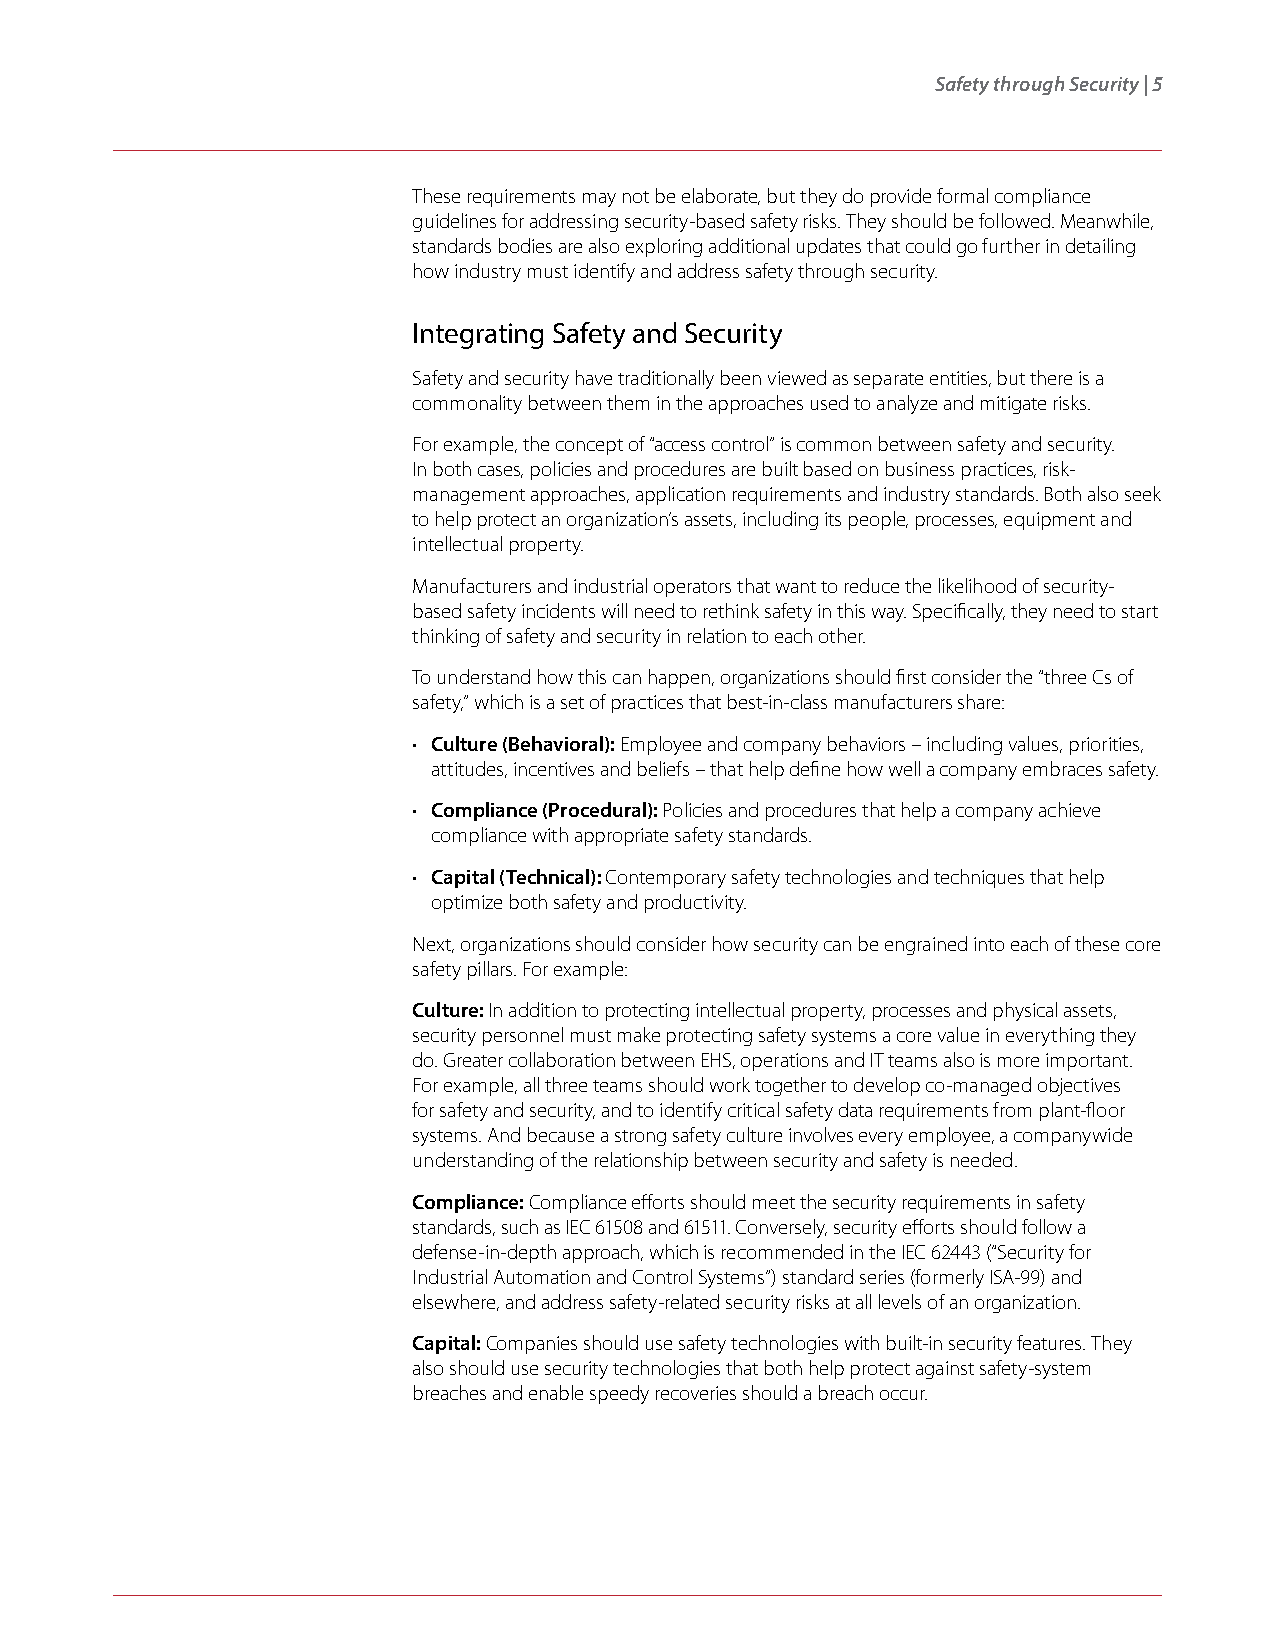
Safety through Security | 5
 These requirements may not be elaborate, but they do provide formal compliance
 guidelines for addressing security-based safety risks. They should be followed. Meanwhile,
 standards bodies are also exploring additional updates that could go further in detailing
 how industry must identify and address safety through security.
 Integrating Safety and Security
 Safety and security have traditionally been viewed as separate entities, but there is a
 commonality between them in the approaches used to analyze and mitigate risks.
 For example, the concept of “access control” is common between safety and security.
 In both cases, policies and procedures are built based on business practices, risk-
 management approaches, application requirements and industry standards. Both also seek
 to help protect an organization’s assets, including its people, processes, equipment and
 intellectual property.
 Manufacturers and industrial operators that want to reduce the likelihood of security-
 based safety incidents will need to rethink safety in this way. Specifically, they need to start
 thinking of safety and security in relation to each other.
 To understand how this can happen, organizations should first consider the “three Cs of
 safety,” which is a set of practices that best-in-class manufacturers share:
 • Culture (Behavioral): Employee and company behaviors – including values, priorities,
 attitudes, incentives and beliefs – that help define how well a company embraces safety.
 • Compliance (Procedural): Policies and procedures that help a company achieve
 compliance with appropriate safety standards.
 • Capital (Technical): Contemporary safety technologies and techniques that help
 optimize both safety and productivity.
 Next, organizations should consider how security can be engrained into each of these core
 safety pillars. For example:
 Culture: In addition to protecting intellectual property, processes and physical assets,
 security personnel must make protecting safety systems a core value in everything they
 do. Greater collaboration between EHS, operations and IT teams also is more important.
 For example, all three teams should work together to develop co-managed objectives
 for safety and security, and to identify critical safety data requirements from plant-floor
 systems. And because a strong safety culture involves every employee, a companywide
 understanding of the relationship between security and safety is needed.
 Compliance: Compliance efforts should meet the security requirements in safety
 standards, such as IEC 61508 and 61511. Conversely, security efforts should follow a
 defense-in-depth approach, which is recommended in the IEC 62443 (“Security for
 Industrial Automation and Control Systems”) standard series (formerly ISA-99) and
 elsewhere, and address safety-related security risks at all levels of an organization.
 Capital: Companies should use safety technologies with built-in security features. They
 also should use security technologies that both help protect against safety-system
 breaches and enable speedy recoveries should a breach occur.